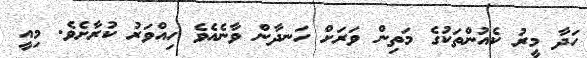
ހަދާ މީރު ކެއުންތަކުގެ މަތިން ވަރަށް ހަނދާން ވާނެއެވެ ހިއްވަރު ކުރާށެވެ. މިއީ